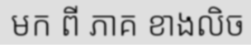
មក ពី ភាគ ខាងលិច